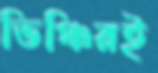
ভিঞ্চিরই